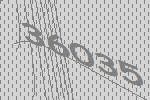
36035